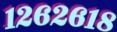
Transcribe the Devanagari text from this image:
१२६२६१८